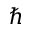
\hbar